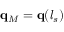
\mathbf { q } _ { M } = \mathbf { q } ( l _ { s } )